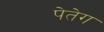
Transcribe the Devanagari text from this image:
पेतेग